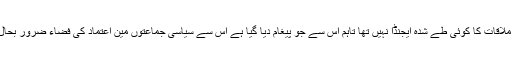
اگرچہ اس ملاقات کا کوئی طے شدہ ایجنڈا نہیں تھا تاہم اس سے جو پیغام دیا گیا ہے اس سے سیاسی جماعتوں مین اعتماد کی فضاء ضرور بحال ہوئی ہے۔